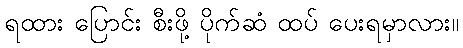
ရထား ပြောင်း စီးဖို့ ပိုက်ဆံ ထပ် ပေးရမှာလား။